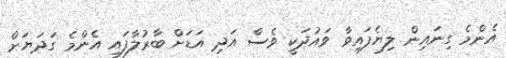
އެންމެ ގިނައިން ލިޔެފައިވާ ވައުދަކީ ވެސް އަދި އަޑަށް ބާރުލާފައި އެންމެ ގަދަޔަށް